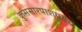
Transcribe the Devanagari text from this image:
कुसंसारपाशप्रबद्धः